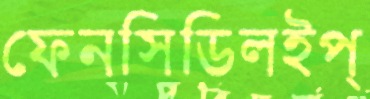
ফেনসিডিলইপ্